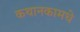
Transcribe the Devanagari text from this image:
कथानकामधे